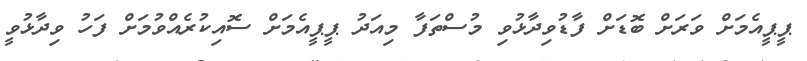
ޕީޕީއެމަށް ވަރަށް ބޮޑަށް ފާޑުވިދާޅުވި މުސްތަފާ މިއަދު ޕީޕީއެމަށް ސޮއިކުރެއްވުމަށް ފަހު ވިދާޅުވީ